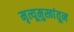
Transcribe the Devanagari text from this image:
मृत्यूमुखांतून